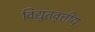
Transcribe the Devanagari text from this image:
विद्युतवृत्तीय